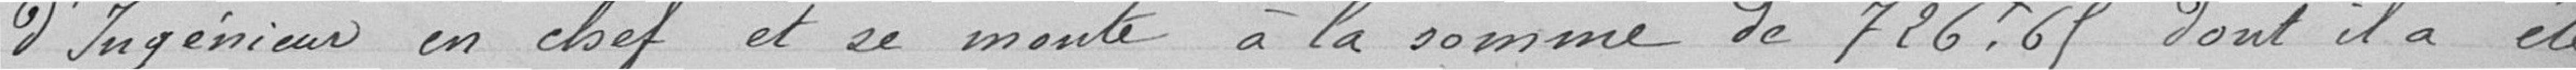
d'ingénieur en chef et se monte à la somme de 726,65 francs dont il a été